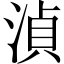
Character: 湞